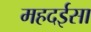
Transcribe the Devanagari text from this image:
महदईसा